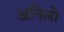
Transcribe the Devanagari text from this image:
अनिलो